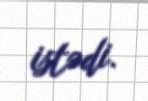
istədi.